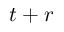
t + r